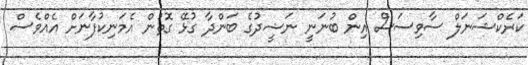
ކަރެކްޝަނަލް ސާވިސަސް އިން ބުނަނީ ނަޝީދުގެ ބަންދާ ގުޅޭ ގޮތުން އެމަނިކުފާނަށް އެއްވެސް